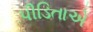
પીડિતાએ